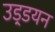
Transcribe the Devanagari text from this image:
उड़्डयन